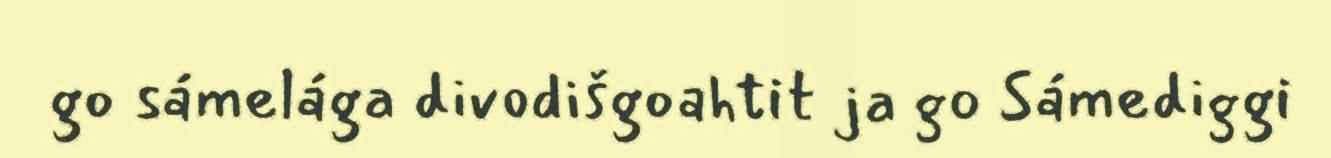
go sámelága divodišgoahtit ja go Sámediggi